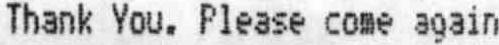
THANK YOU. PLEASE COME AGAIN